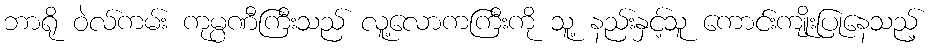
ဘာရို ဝဲလ်ကမ်း ကုမ္ပဏီကြီးသည် လူ့လောကကြီးကို သူ့ နည်းနှင့်သူ ကောင်းကျိုးပြုနေသည့်